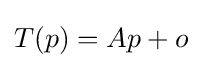
T(p)=Ap+o\!